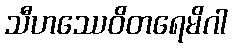
သီဟဿေဝိတရေမိဂါ